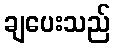
ချပေးသည်